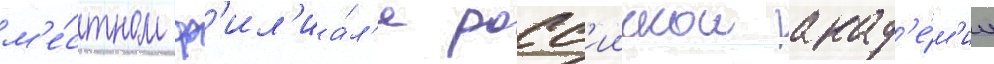
м'е́стном ф'ил'иа́л'е росс'иискои акад'е́м'ии